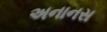
અનાનસ